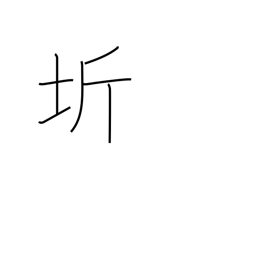
Meaning: region surrounding the capital